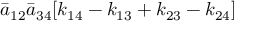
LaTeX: { \bar { a } } _ { 1 2 } { \bar { a } } _ { 3 4 } [ k _ { 1 4 } - k _ { 1 3 } + k _ { 2 3 } - k _ { 2 4 } ]